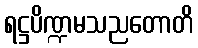
ရဋ္ဌပိဏ္ဍမသညတောတိ